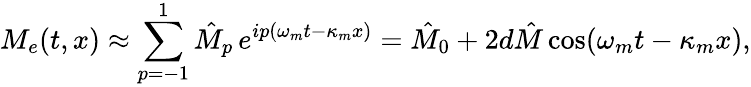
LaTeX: M_{e}(t,x)\approx\sum_{p=-1}^{1}\hat{M}_{p}\, e^{ip(\omega_{m}t-\kappa_{m}x)}=\hat{M}_{0}+2d\hat{M}\cos(\omega_{m}t-\kappa_{m}x),